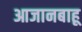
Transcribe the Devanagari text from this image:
आजानबाहू